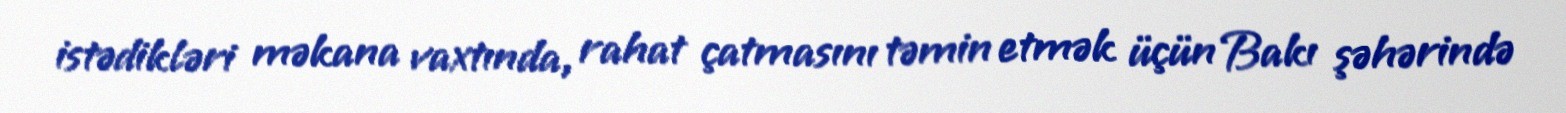
istədikləri məkana vaxtında, rahat çatmasını təmin etmək üçün Bakı şəhərində